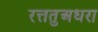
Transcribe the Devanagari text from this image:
रत्ततुअधरा